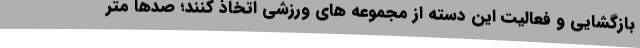
بازگشایی و فعالیت این دسته از مجموعه های ورزشی اتخاذ کنند؛ صدها متر